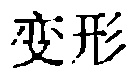
变形